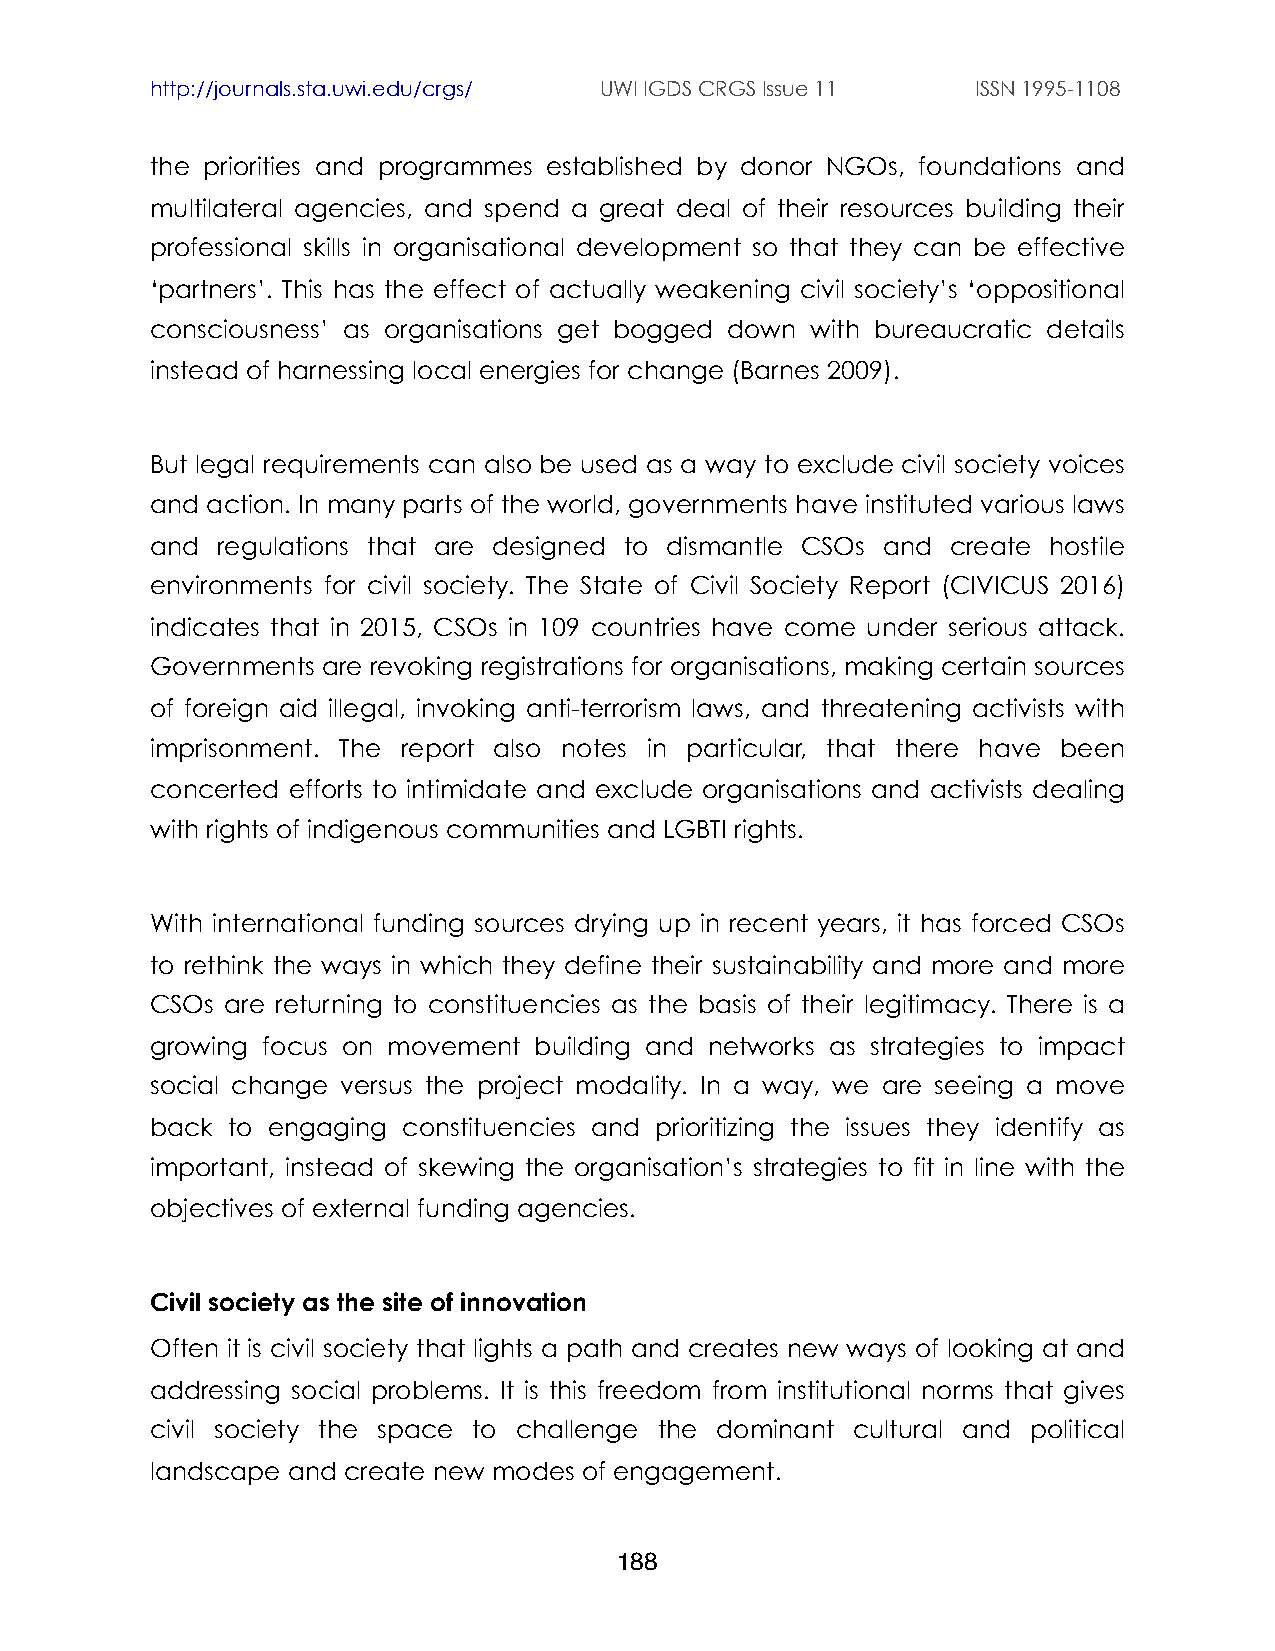
http://journals.sta.uwi.edu/crgs/ UWI IGDS CRGS Issue 11 ISSN 1995-1108
 the priorities and programmes established by donor NGOs, foundations and
 multilateral agencies, and spend a great deal of their resources building their
 professional skills in organisational development so that they can be effective
 ‘partners’. This has the effect of actually weakening civil society’s ‘oppositional
 consciousness’ as organisations get bogged down with bureaucratic details
 instead of harnessing local energies for change (Barnes 2009).
 But legal requirements can also be used as a way to exclude civil society voices
 and action. In many parts of the world, governments have instituted various laws
 and regulations that are designed to dismantle CSOs and create hostile
 environments for civil society. The State of Civil Society Report (CIVICUS 2016)
 indicates that in 2015, CSOs in 109 countries have come under serious attack.
 Governments are revoking registrations for organisations, making certain sources
 of foreign aid illegal, invoking anti-terrorism laws, and threatening activists with
 imprisonment. The report also notes in particular, that there have been
 concerted efforts to intimidate and exclude organisations and activists dealing
 with rights of indigenous communities and LGBTI rights.
 With international funding sources drying up in recent years, it has forced CSOs
 to rethink the ways in which they define their sustainability and more and more
 CSOs are returning to constituencies as the basis of their legitimacy. There is a
 growing focus on movement building and networks as strategies to impact
 social change versus the project modality. In a way, we are seeing a move
 back to engaging constituencies and prioritizing the issues they identify as
 important, instead of skewing the organisation’s strategies to fit in line with the
 objectives of external funding agencies.
 Civil society as the site of innovation
 Often it is civil society that lights a path and creates new ways of looking at and
 addressing social problems. It is this freedom from institutional norms that gives
 civil society the space to challenge the dominant cultural and political
 landscape and create new modes of engagement.
 188